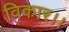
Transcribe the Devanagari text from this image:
विकार।।